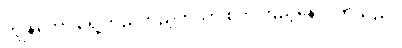
ကျွန်တော် ရှေ့တည့်တည့်ကိုသာ စိုက်ကြည့်နေလိုက်သည်။